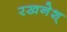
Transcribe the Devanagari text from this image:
रखनेश्